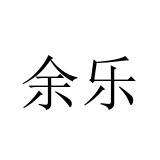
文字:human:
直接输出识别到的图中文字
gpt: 余乐